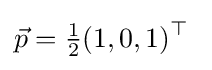
{\vec {p}}={\tfrac {1}{2}}(1,0,1)^{\top }\